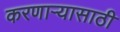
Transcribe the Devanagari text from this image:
करणाऱ्यासाठी